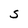
Character: s